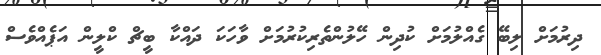
ދިރުމަށް ލިބޭ ގެއްލުމަށް ކުދިން ހޭލުންތެރިކުރުމަށް ވާހަކަ ދައްކާ ބީޗް ކްލީން އަޕެއްވެސް